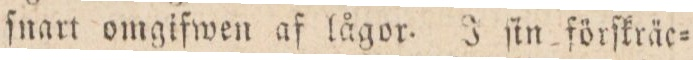
ſnart omgifwen af lågor. J ſin förſkräc=